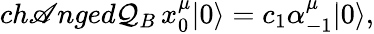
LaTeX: ch\mathscr{A}nged\mathcal{Q}_{B}\, x_{0}^{\mu}|0\rangle=c_{1}\alpha_{-1}^{\mu}|0\rangle,